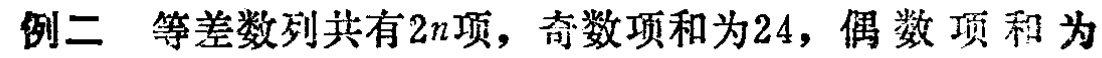
例二 等差数列共有\(2n\)项，奇数项和为\(24\)，偶数项和为